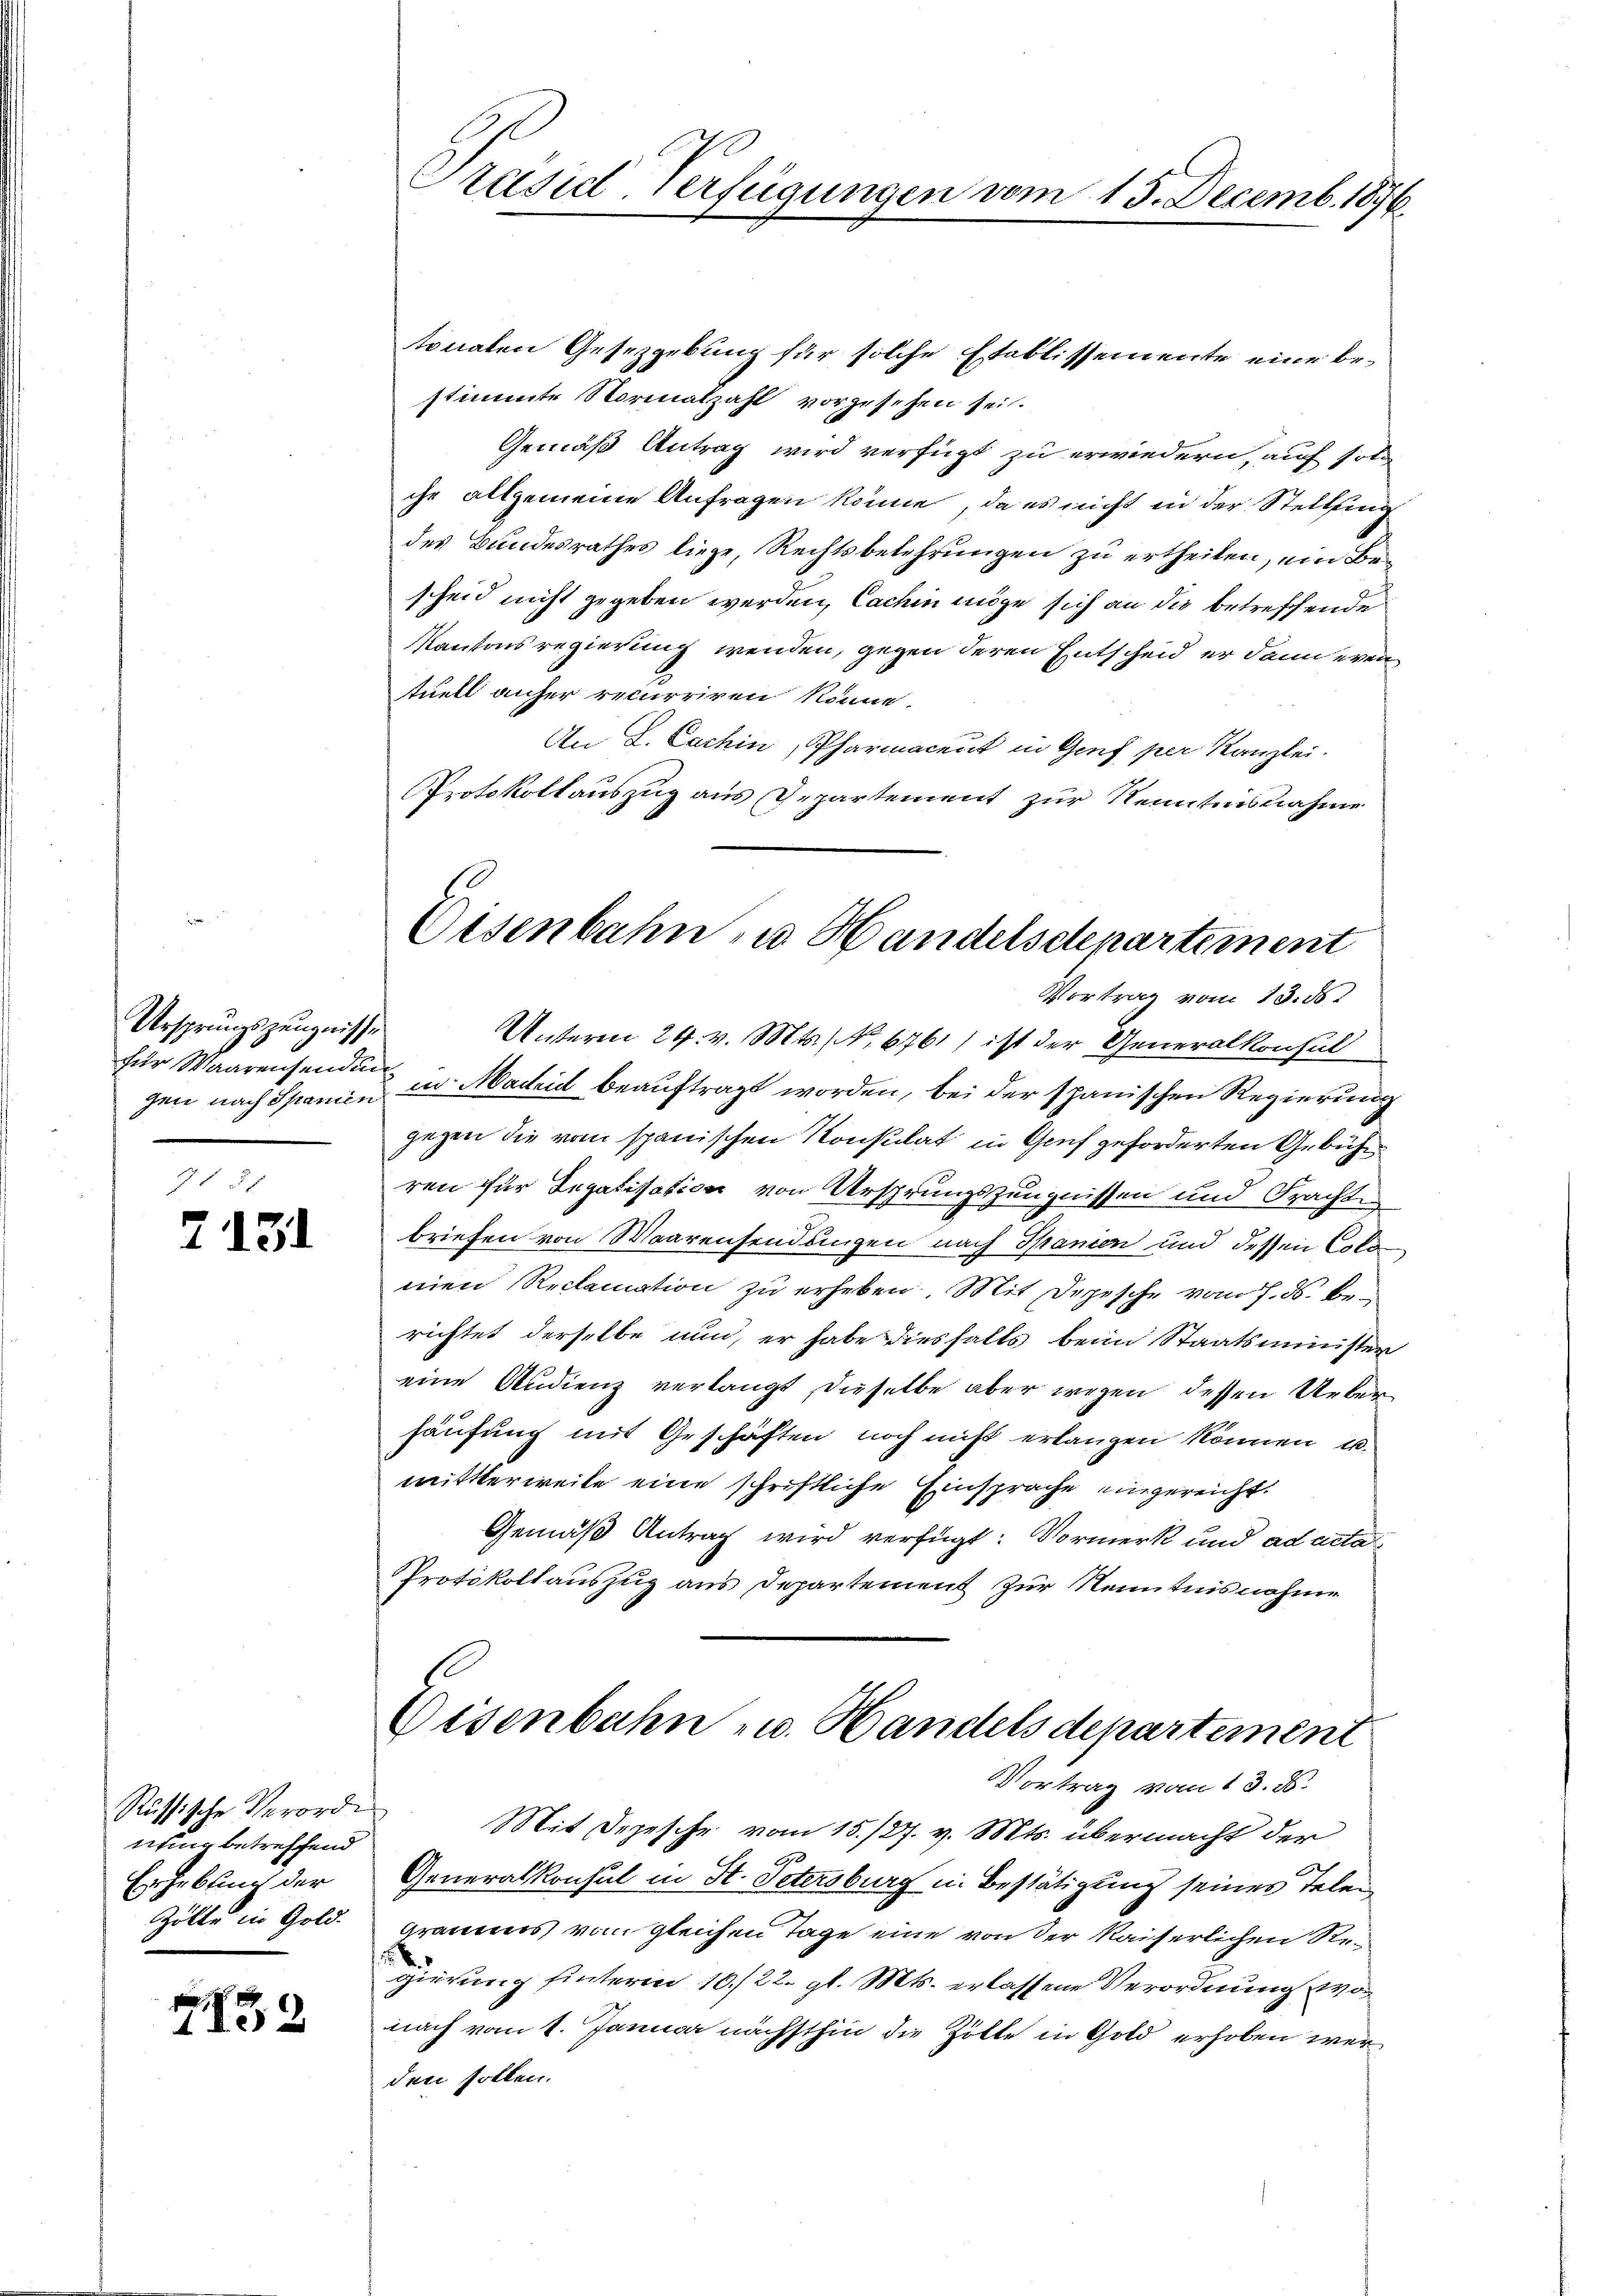
Ursprungszeugnisse
gen nach Spanien

7131

Russische Verorde
nung betreffend
Erhebung der
Zölle in Gold.

s
1132

Präsid-Verfügungen vom 13. Decemb. 1876.

tonalen Gesetzgebung für solche Etablissemente eine be-
stimmte Normalzahl vorgesehen sei.
Gemäß Antrag wird verfügt zu erwiedern, auf solle
che allgemeine Anfragen könne, da es nicht in der Stellfing
des Bundesrathes liege, Rechtsbekehrungen zu ertheilen, ein Bescheid nicht gegeben werden, Cachin möge sich an die betreffende
Kantonsregierung wenden, gegen deren Entscheid er dannderen
tuell anher recurriren könne.
An L. Cachin, Pharmacent in Genf per Kanzlei.
Protokollauszug aus Departement zur Kenntnisnahme
Vortrag vom 13. ds.
Unterm 29. v. Mts. No. 6761) ist der Generalkonsul
für Waarensenden u. Macheid beauftragt worden, bei der spanischen Regierung
gegen die vom spanischen Konsulat in Genf geforderten Gebührren für Legatisation von Ursprungszeugnissen und Frachten
briefen von Waarensendungen nach Spanien und dessen Colo
nien Reclamation zu erheben. Mit Depesche vom 7. ds. berichtet derselbe nun, er habe diesfalls beim Staatsminister
eine Audienz verlangt, dieselbe aber wegen dessen Ueber
häufung mit Geschäften noch nicht erlangen können, u.
mittlerweile eine schriftliche Einsprache eingereicht.
Gemäß Antrag wird verfügt: Vormerk und ad acta
PProtokollauszug aus Departement zur Kenntnisnahme
Eisenbahn - u. Handels departement
Vortrag vom 13. ds.
Mit Depesche vom 15./27. v. Mts. übermacht der

Generalkonsul in St. Petersburg in Bestätigung seines Telen
gramms vom gleichen Tage eine von der Kaiserlichen Regierung hinterin 10./22. gl. Mts. erlassene Verordnung vo
nach vom 1. Januar nächsthin die Zölle in Gold erhoben werden sollen.

Eisenbahn zu Handelsdepartement